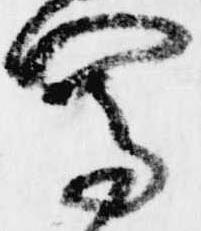
写